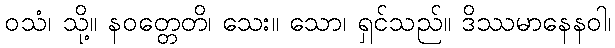
ဝသံ၊ သို့။ နဝတ္တေတိ၊ သေး။ သော၊ ရှင်သည်။ ဒိဿမာနေနဝါ၊